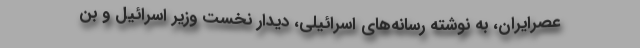
عصرایران، به نوشته رسانه‌های اسرائیلی، دیدار نخست وزیر اسرائیل و بن